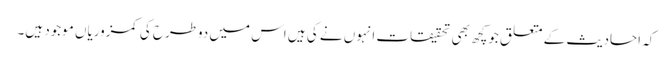
کہ احادیث کے متعلق جوکچھ بھی تحقیقات انہوں نے کی ہیں اس میں دوطرح کی کمزوریاں موجود ہیں۔